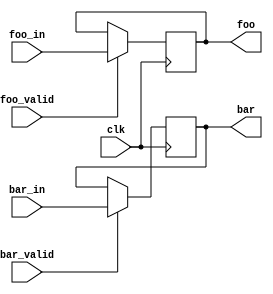
// This program was cloned from: https://github.com/steveicarus/ivtest
// License: GNU General Public License v2.0


module test
  (input wire clk,
   output reg foo, bar,
   input wire foo_valid, foo_in,
   input wire bar_valid, bar_in
   /* */);

   always @(posedge clk)
     begin
	if (foo_valid) foo <= foo_in;
	if (bar_valid) bar <= bar_in;
     end

endmodule // test


module main;
   reg clk;
   wire foo, bar;
   reg	foo_valid, foo_in;
   reg  bar_valid, bar_in;

   test dut (.clk(clk),
	     .foo(foo), .bar(bar),
	     .foo_valid(foo_valid), .bar_valid(bar_valid),
	     .foo_in(foo_in), .bar_in(bar_in));
   task fail;
      begin
	 $display("FAILED -- foo/bar=%b/%b, foo/bar_valid=%b/%b, foo/bar_in=%b/%b",
		  foo, bar, foo_valid, bar_valid, foo_in, bar_in);
	 $finish;
      end
   endtask // fail

   initial begin
      clk = 0;
      foo_valid = 1;
      bar_valid = 1;
      foo_in = 0;
      bar_in = 0;

      #1 clk = 1;
      #1 clk = 0;

      if (foo !== 0 || bar !== 0)
	fail;

      bar_in = 1;

      #1 clk = 1;
      #1 clk = 0;

      if (foo !== 0 || bar !== 1)
	fail;

      foo_in = 1;
      bar_in = 0;
      foo_valid = 1;
      bar_valid = 0;

      #1 clk = 1;
      #1 clk = 0;

      if (foo !== 1 || bar !== 1)
	fail;

      $display("PASSED");
   end

endmodule // main